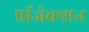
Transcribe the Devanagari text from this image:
प्रॉजेक्शन